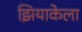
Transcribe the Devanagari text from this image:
झियाकेला